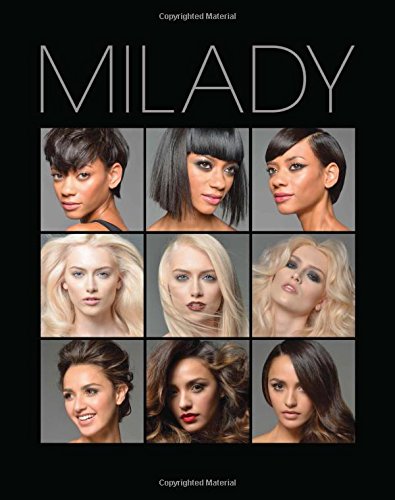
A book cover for Milady Standard Cosmetology (Milady's Standard Cosmetology); Milady; Health, Fitness & Dieting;